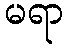
မရာ